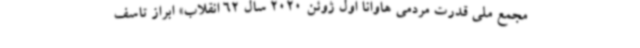
مجمع ملی قدرت مردمی هاوانا اول ژوئن 2020 سال 62 انقلاب» ابراز تاسف